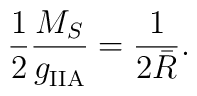
{1 \over 2}{M_S \over g^{}_{\rm IIA}} = {1 \over 2\bar{R}}.